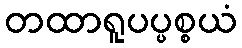
တထာရူပပ္ပစ္စယံ